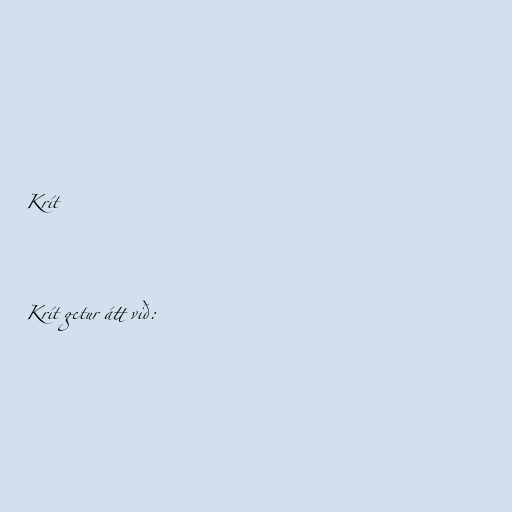
Krít

Krít getur átt við: